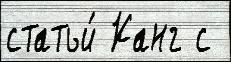
статьи́ Канг с